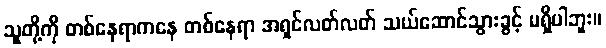
သူတို့ကို တစ်နေရာကနေ တစ်နေရာ အရှင်လတ်လတ် သယ်ဆောင်သွားခွင့် မရှိပါဘူး။